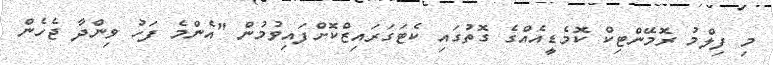
މި ފިލްމު ރޮމޭންޓިކް ކޮމެޑީއެއްގެ ގޮތުގައި ކެޓަގަރައިޒްކޮށްފައިވުމުން "އެންމެ ފަހު ވިންދާ ޖެހެން